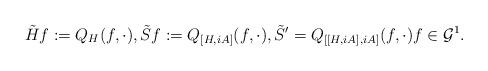
LaTeX: \begin{align*} \tilde{H} f := Q_H (f,\cdot), \tilde{S} f := Q_{[H,iA]}(f,\cdot), \tilde{S}^{\prime} = Q_{[[H,iA],iA]} (f,\cdot) f \in {\mathcal G}^1 . \end{align*}